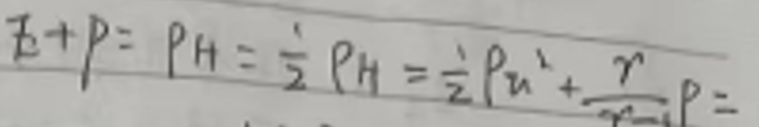
$E + p = p_{H}=\frac{1}{2}p_{H}=\frac{1}{2}p_{u^{2}}+\frac{r}{r - 1}p=$